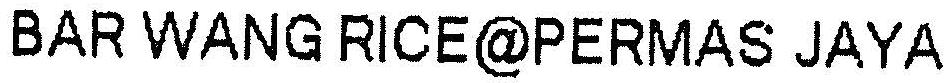
BAR WANG RICE@PERMAS JAYA